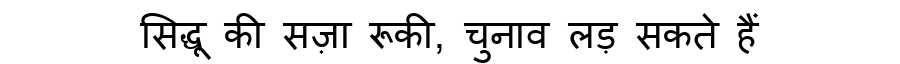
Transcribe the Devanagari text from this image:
सिद्धू की सज़ा रूकी, चुनाव लड़ सकते हैं